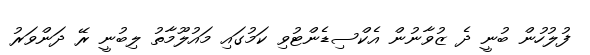
ފުލުހުން ބުނީ ދެ ޒުވާނުން އެކްސިޑެންޓުވި ކަމުގައި މައުލޫމާތު ލިބުނީ ރޭ ދަންވަރު